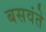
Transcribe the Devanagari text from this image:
बसवंते